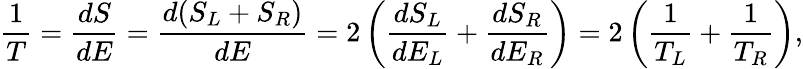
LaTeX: {\frac{1}{T}}={\frac{dS}{dE}}={\frac{d(S_{L}+S_{R})}{dE}}=2\left({\frac{dS_{L}}{dE_{L}}}+{\frac{dS_{R}}{dE_{R}}}\right)=2\left({\frac{1}{T_{L}}}+{\frac{1}{T_{R}}}\right),